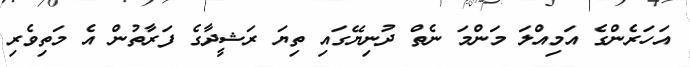
އަހަރެންގެ އަމިއްލަ މަންމަ ނެތް ދުނިޔޭގައި ތިޔަ ރަޝީދާގެ ފަރާތުން އެ މަތިވެރި